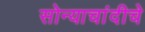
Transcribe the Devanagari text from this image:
सोन्याचांदीचे